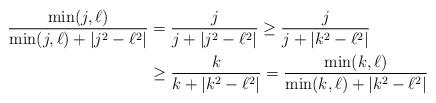
LaTeX: \begin{align*}\frac{\min(j,\ell)}{\min(j,\ell)+|j^2-\ell^2|}&=\frac{j}{j+|j^2-\ell^2|}\geq \frac{j}{j+|k^2-\ell^2|}\\ &\geq \frac{k}{k+|k^2-\ell^2|}=\frac{\min(k,\ell)}{\min(k,\ell)+|k^2-\ell^2|}\end{align*}